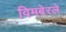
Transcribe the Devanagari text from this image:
विमबेरले